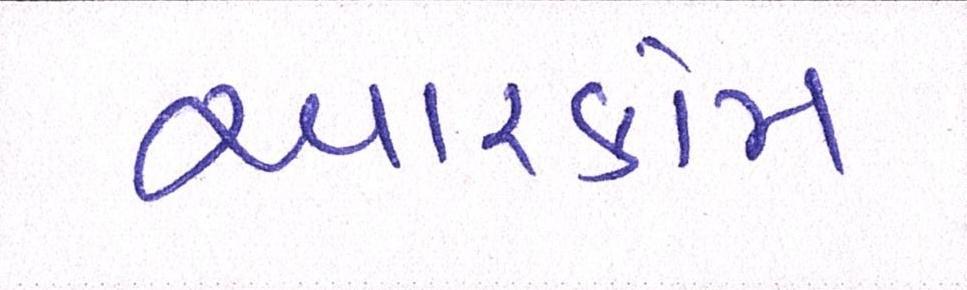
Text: આરકોમ